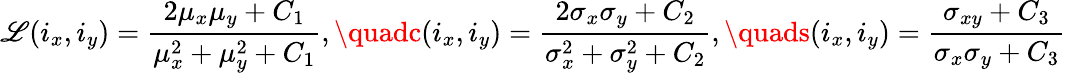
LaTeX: \mathscr{L}(i_{x},i_{y})=\frac{{2\mu_{x}\mu_{y}+C_{1}}}{{\mu_{x}^{2}+\mu_{y}^{2}+C_{1}}},\quadc(i_{x},i_{y})=\frac{{2\sigma_{x}\sigma_{y}+C_{2}}}{{\sigma_{x}^{2}+\sigma_{y}^{2}+C_{2}}},\quads(i_{x},i_{y})=\frac{{\sigma_{xy}+C_{3}}}{{\sigma_{x}\sigma_{y}+C_{3}}}